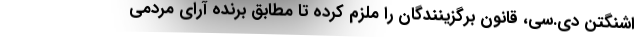
اشنگتن دی.سی، قانون برگزینندگان را ملزم کرده تا مطابق برنده آرای مردمی